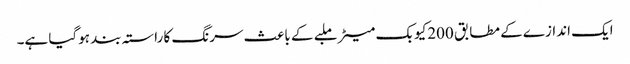
ایک اندازے کے مطابق 200کیوبک میٹر ملبے کے باعث سرنگ کا راستہ بند ہوگیا ہے۔